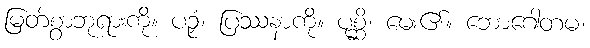
မြတ်စွာဘုရားကို။ ပဉှံ၊ ပြဿနာကို။ ပုစ္ဆိ၊ မေး၏။ ဘောဂေါတမ၊